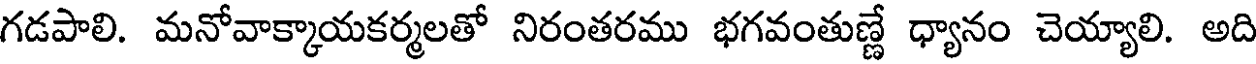
గడపాలి. మనోవాక్కాయకర్మలతో నిరంతరము భగవంతుణ్ణే ధ్యానం చెయ్యాలి. అది